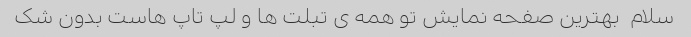
سلام  بهترین صفحه نمایش تو همه ی تبلت ها و لپ تاپ هاست بدون شک